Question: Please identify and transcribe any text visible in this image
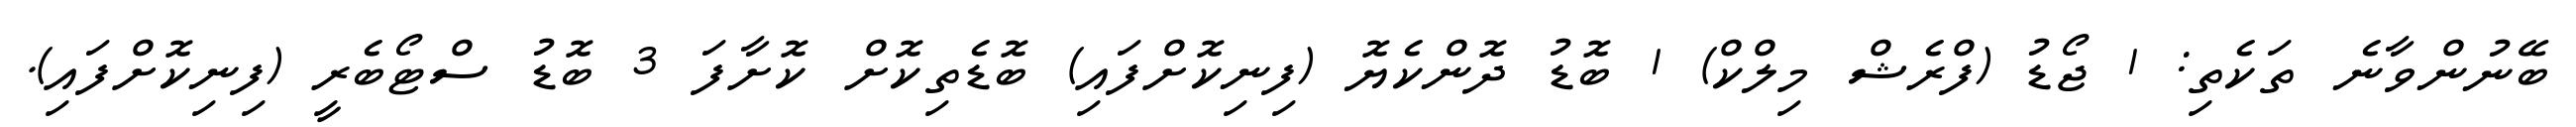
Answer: ބޭނުންވާނެ ތަކެތި: 1 ޖޯޑު (ފްރެޝް މިލްކް) 1 ބޮޑު ދޮންކެޔޮ (ފިނިކޮށްފައި) ބޮޑެތިކޮށް ކޮށާފަ 3 ބޮޑު ސްޓޯބެރީ (ފިނިކޮށްފައި).